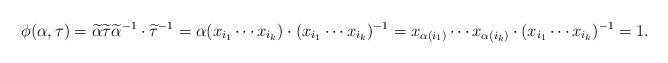
LaTeX: \begin{align*}\phi(\alpha, \tau) = \widetilde \alpha \widetilde \tau {\widetilde \alpha}^{-1} \cdot {\widetilde \tau}^{-1} = \alpha(x_{i_1} \cdots x_{i_k}) \cdot (x_{i_1} \cdots x_{i_k})^{-1} =x_{\alpha(i_1)} \cdots x_{\alpha(i_k)} \cdot (x_{i_1} \cdots x_{i_k})^{-1} = 1.\end{align*}